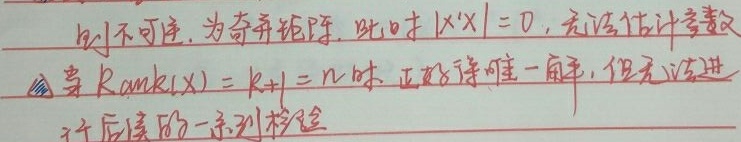
则不可逆，为奇异矩阵。此时\(\vert X^{T}X\vert = 0\)，无法估计参数。当\(\text{Rank}(X)=k + 1 = n\)时，正好得唯一解，但无法进行后续的一系列检验。